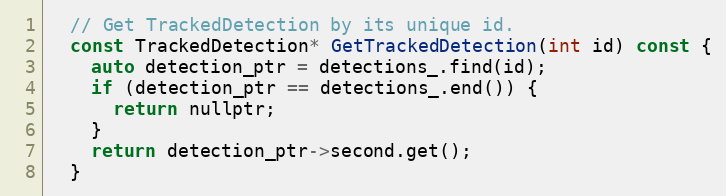
Language: C
  // Get TrackedDetection by its unique id.
  const TrackedDetection* GetTrackedDetection(int id) const {
    auto detection_ptr = detections_.find(id);
    if (detection_ptr == detections_.end()) {
      return nullptr;
    }
    return detection_ptr->second.get();
  }